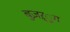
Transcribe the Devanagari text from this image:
बुज़ऱ्ुग